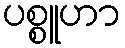
ပစ္စူဟာ